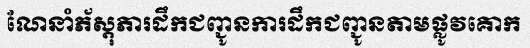
ណែនាំភ័ស្តុភារដឹកជញ្ជូនការដឹកជញ្ជូនតាមផ្លូវគោក